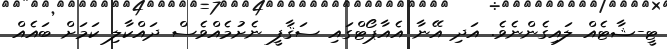
ޓީ-ޝާޓެއް ލައިގެންނެވެ. އަދި އޭނާ އެއާޕޯޓްގައި ސަޤާފީ ނެށުމެއްވެސް ދައްކާލި ކަމަށް ބައެއް